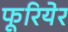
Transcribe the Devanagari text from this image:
फूरियेर